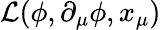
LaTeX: \mathcal{L}(\phi,\partial_{\mu}\phi,x_{\mu})